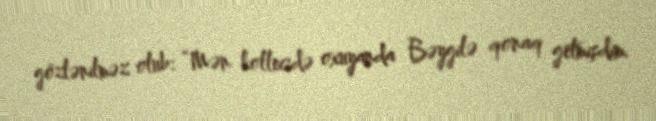
gözlənilməz olub: “Mən kollecdə oxuyanda Bəygilə qonaq getmişdim.